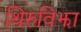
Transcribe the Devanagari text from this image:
थिरुविझा